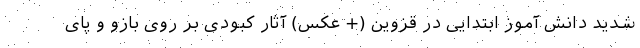
شدید دانش آموز ابتدایی در قزوین (+ عکس) آثار کبودی بر روی بازو و پای